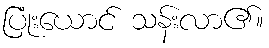
ပြုံးယောင် သန်းလာ၏။